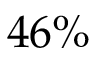
4 6 \%